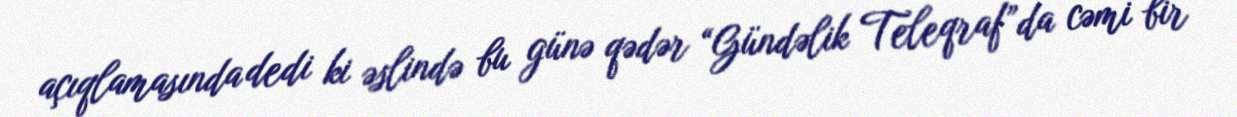
açıqlamasında dedi ki əslində bu günə qədər “Gündəlik Teleqraf”da cəmi bir